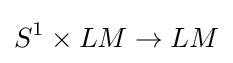
S^{1}\times LM\to LM